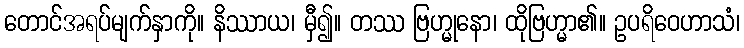
တောင်အရပ်မျက်နှာကို။ နိဿာယ၊ မှီ၍။ တဿ ဗြဟ္မုနော၊ ထိုဗြဟ္မာ၏။ ဥပရိဝေဟာသံ၊